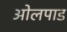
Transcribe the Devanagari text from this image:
ओलपाड